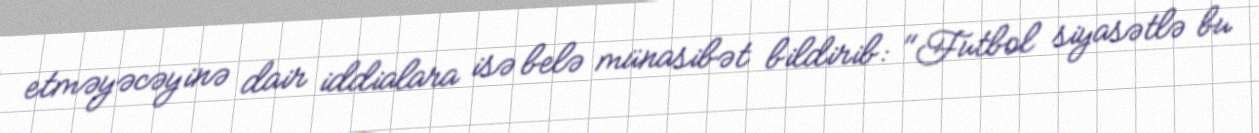
etməyəcəyinə dair iddialara isə belə münasibət bildirib: "Futbol siyasətlə bu